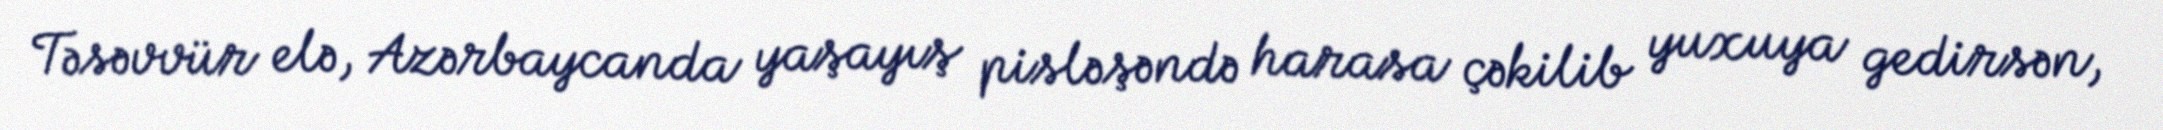
Təsəvvür elə, Azərbaycanda yaşayış pisləşəndə harasa çəkilib yuxuya gedirsən,